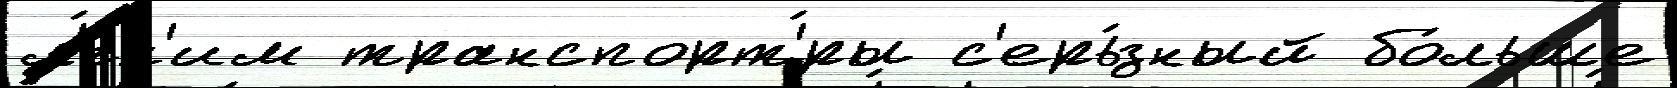
л'́гк'им транспорт'́ры с'ерь́зный бо́льше